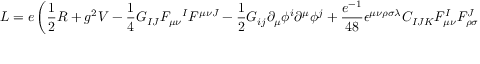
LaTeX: { \cal L } = e \left( { \frac { 1 } { 2 } } R + g ^ { 2 } V - { \frac { 1 } { 4 } } G _ { I J } F _ { \mu \nu } { } ^ { I } F ^ { \mu \nu J } - { \frac { 1 } { 2 } } { \cal G } _ { i j } \partial _ { \mu } \phi ^ { i } \partial ^ { \mu } \phi ^ { j } + { \frac { e ^ { - 1 } } { 4 8 } } \epsilon ^ { \mu \nu \rho \sigma \lambda } C _ { I J K } F _ { \mu \nu } ^ { I } F _ { \rho \sigma } ^ { J } A _ { \lambda } ^ { K } \, \right) ,